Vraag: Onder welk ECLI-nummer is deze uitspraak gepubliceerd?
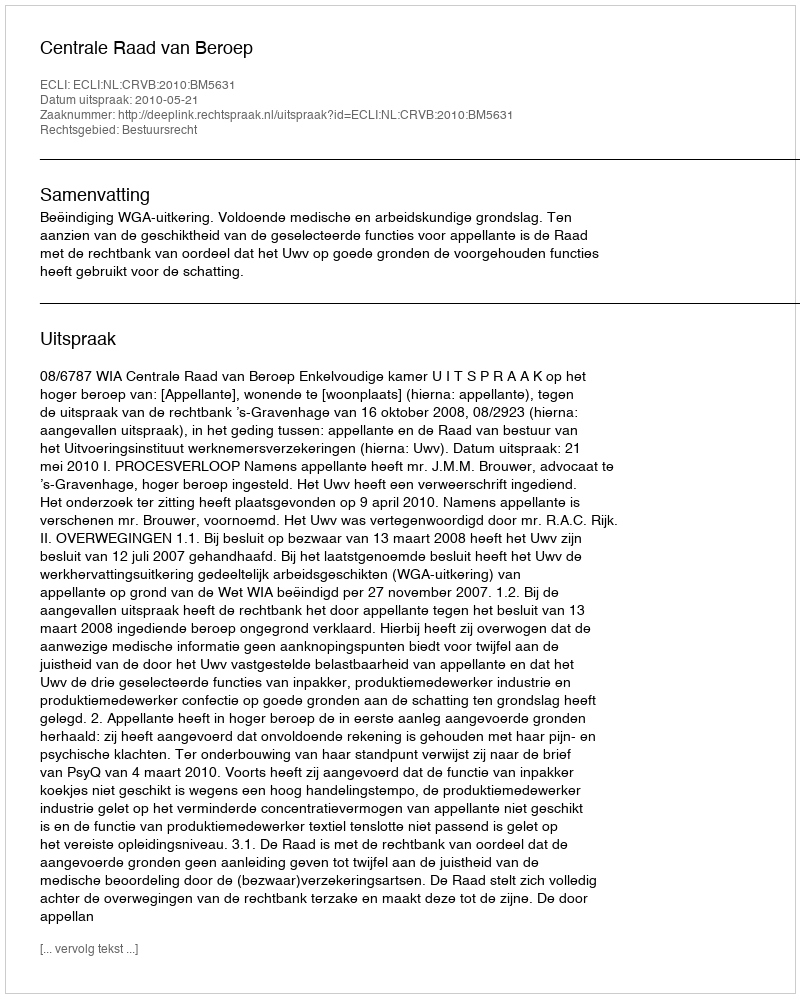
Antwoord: ECLI:NL:CRVB:2010:BM5631